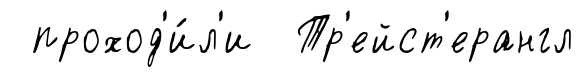
проход'и́л'и Тр'ейст'ерангл